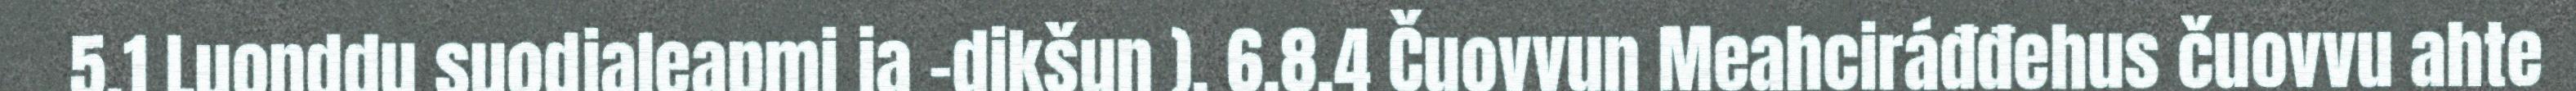
5.1 Luonddu suodjaleapmi ja -dikšun ). 6.8.4 Čuovvun Meahciráđđehus čuovvu ahte